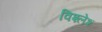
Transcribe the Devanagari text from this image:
विश्लेश